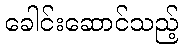
ခေါင်းဆောင်သည့်